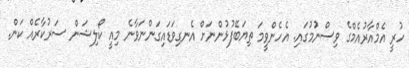
ހުރީ އެމްއާރުއެމްގެ ވިސްނުމުގައި. އެހެންވީމަ ތިޔަބޭފުޅުންނަށް އެނގިވަޑައިގަންނަވާނެ މިއީ ކޯލިޝަން ސަރުކާރެއް ކަން.